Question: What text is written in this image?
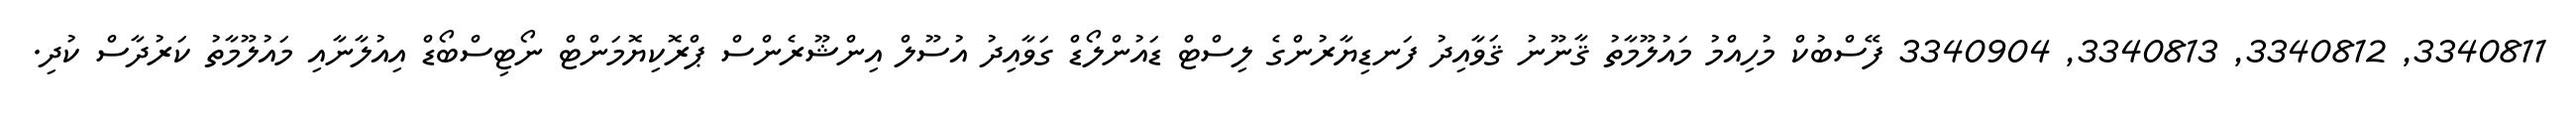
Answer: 3340811, 3340812, 3340813, 3340904 ފޭސްބުކް މުހިއްމު މައުލޫމާތު ޤާނޫނު ޤަވާއިދު ފަނޑިޔާރުންގެ ލިސްޓް ޑައުންލޯޑް ގަވާއިދު އުސޫލް އިންޝޫރެންސް ޕްރޮކިޔޮމަންޓް ނޯޓިސްބޯޑް އިއުލާނާއި މައުލޫމާތު ކަރުދާސް ކުދި.